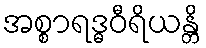
အစ္စာရဒ္ဓဝီရိယန္တိ